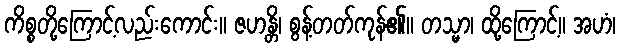
ကိစ္စတို့ကြောင့်လည်းကောင်း။ ဇဟန္တိ၊ စွန့်တတ်ကုန်၏။ တသ္မာ၊ ထို့ကြောင့်။ အဟံ၊